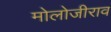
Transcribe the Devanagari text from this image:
मोलोजीराव